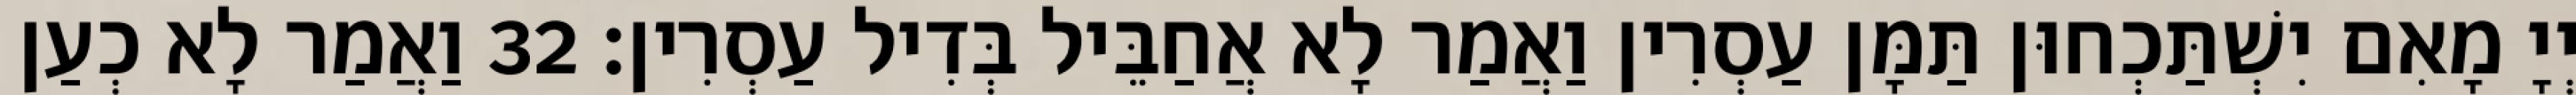
יְיָ מָאִם יִשְׁתַּכְחוּן תַּמָּן עַסְרִין וַאֲמַר לָא אֲחַבֵּיל בְּדִיל עַסְרִין׃ 32 וַאֲמַר לָא כְעַן